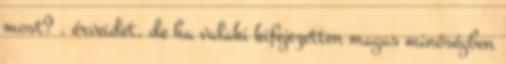
most? . érveidet, de ha valaki kifejezetten magas minőségben